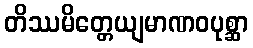
တိဿမိတ္တေယျမာဏဝပုစ္ဆာ